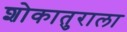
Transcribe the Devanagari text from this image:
शोकातुराला